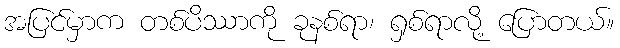
အပြင်မှာက တစ်ပိဿာကို ခုနစ်ရာ၊ ရှစ်ရာလို့ ပြောတယ်။